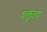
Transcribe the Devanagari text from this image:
वक्तुता